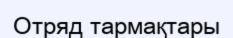
Отряд тармақтары